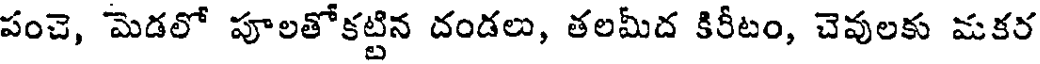
పంచె, మెడలో పూలతోకట్టిన దండలు, తలమీద కిరీటం, చెవులకు మకర